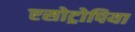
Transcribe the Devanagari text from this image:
एसोट्रोपिया